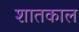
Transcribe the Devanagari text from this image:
शातकाल